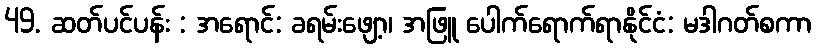
49. ဆတ်ပင်ပန်း : အရောင်: ခရမ်းဖျော့၊ အဖြူ ပေါက်ရောက်ရာနိုင်ငံ: မဒါဂတ်စကာ